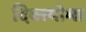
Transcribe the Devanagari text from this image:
दिक्त्योमा